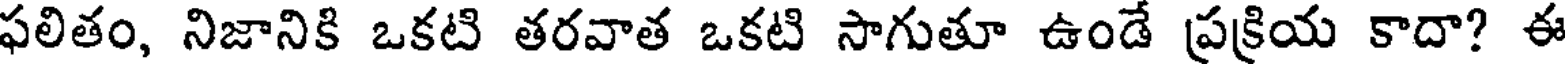
ఫలితం, నిజానికి ఒకటి తరవాత ఒకటి సాగుతూ ఉండే ప్రక్రియ కాదా? ఈ